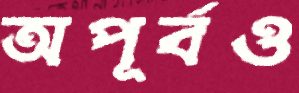
অপূর্বও